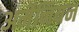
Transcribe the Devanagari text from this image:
अर्मेनियन